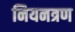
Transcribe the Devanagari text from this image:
नियनत्रण